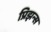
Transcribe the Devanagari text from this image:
प्रिझन्स